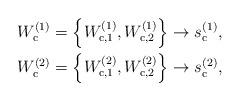
LaTeX: \begin{align*}W_{\mathrm{c}}^{(1)}&=\left\{W_{\mathrm{c},1}^{(1)},W_{\mathrm{c},2}^{(1)}\right\}\rightarrow s_{\mathrm{c}}^{(1)},\\W_{\mathrm{c}}^{(2)}&=\left\{W_{\mathrm{c},1}^{(2)},W_{\mathrm{c},2}^{(2)}\right\}\rightarrow s_{\mathrm{c}}^{(2)},\end{align*}